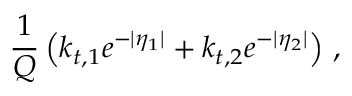
\frac { 1 } { Q } \left( k _ { t , 1 } e ^ { - | \eta _ { 1 } | } + k _ { t , 2 } e ^ { - | \eta _ { 2 } | } \right) \, ,